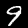
Label: 9